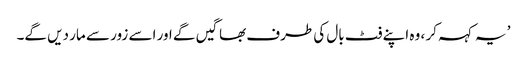
’ یہ کہہ کر ، وہ اپنے فٹ بال کی طرف بھاگیں گے اور اسے زور سے مار دیں گے۔